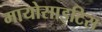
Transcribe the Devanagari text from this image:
मायोसाइटिस